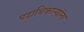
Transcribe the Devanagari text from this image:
पदाधिकाऱ्यांना